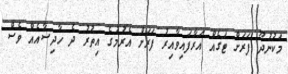
މަކުނުދޫ ފަރަށް ޓަގެއް އަރާފައިވާއިރު ފަރަށް އެރުމުގެ އިތުރު ދެ ހާދިސާއެއް ވެސް